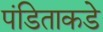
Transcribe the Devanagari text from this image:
पंडिताकडे